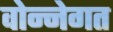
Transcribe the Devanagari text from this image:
वोन्नेगत